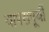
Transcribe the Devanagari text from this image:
वापरापूर्वी